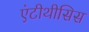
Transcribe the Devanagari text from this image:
एंटीथीसिस